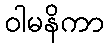
ဝါမနိကာ